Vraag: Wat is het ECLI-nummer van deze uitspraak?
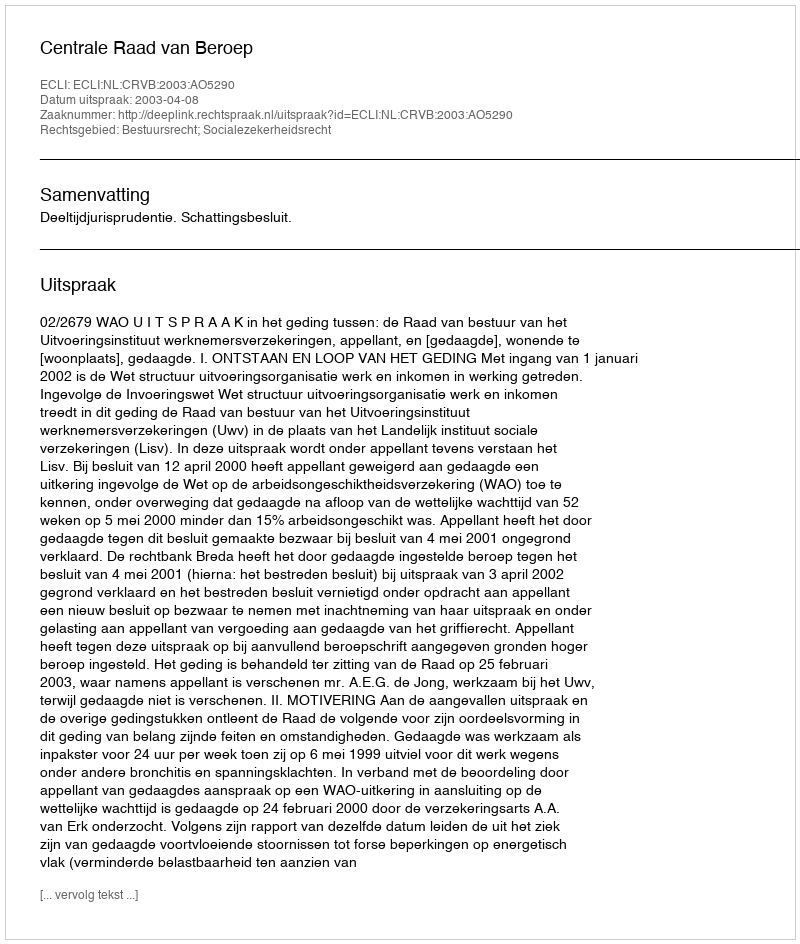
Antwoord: ECLI:NL:CRVB:2003:AO5290